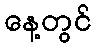
နေ့တွင်